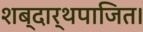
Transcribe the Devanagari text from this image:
शब्दार्थपाजित।